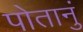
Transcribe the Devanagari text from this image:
पोतानुं